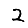
Digit: 2